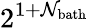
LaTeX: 2^{1+\mathcal{N}_{\mathrm{{bath}}}}